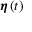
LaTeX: { \boldsymbol { \eta } } \left( t \right)